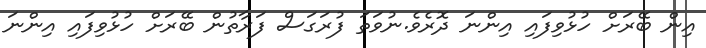
އިން ބޭރަށް ހުޅުވިފައި އިންނަ ދޮރެވެ.ނުވަތަ ފުރަގަސް ފަރާތުން ބޭރަށް ހުޅުވިފައި އިންނަ